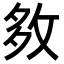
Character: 𡖙